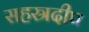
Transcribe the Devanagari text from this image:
सहस्रदीप